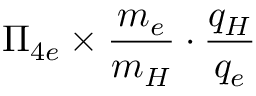
\Pi _ { 4 e } \times \frac { m _ { e } } { m _ { H } } \cdot \frac { q _ { H } } { q _ { e } }